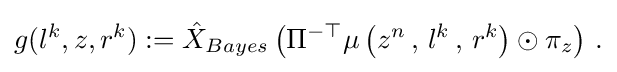
{\begin{aligned}g(l^{k},z,r^{k}):={\hat {X}}_{Bayes}\left(\Pi ^{-\top }\mu \left(z^{n}\,,\,l^{k}\,,\,r^{k}\right)\odot \pi _{z}\right)\,.\end{aligned}}